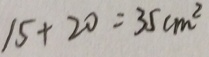
1 5 + 2 0 = 3 5 c m ^ { 2 }